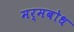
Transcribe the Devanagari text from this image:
मर्मबोध